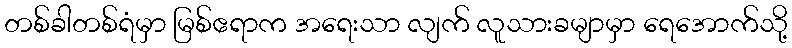
တစ်ခါတစ်ရံမှာ မြစ်ဧရာက အရေးသာ လျက် လူသားခမျာမှာ ရေအောက်သို့